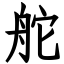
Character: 舵